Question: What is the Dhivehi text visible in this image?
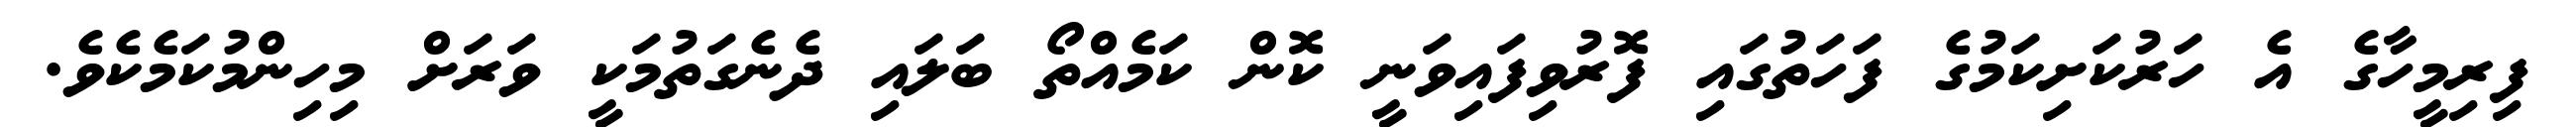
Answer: ފިރިމީހާގެ އެ ހަރުކަށިކަމުގެ ފަހަތުގައި ފޮރުވިފައިވަނީ ކޮން ކަމެއްތޯ ބަލައި ދެނެގަތުމަކީ ވަރަށް މިހިންމުކަމެކެވެ.